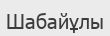
Шабайұлы